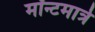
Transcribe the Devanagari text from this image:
मॉन्टमार्त्रे